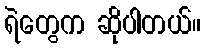
ရဲတွေက ဆိုပါတယ်။